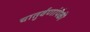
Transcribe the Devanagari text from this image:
चातुर्वणांपैकी